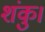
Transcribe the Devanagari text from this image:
शंकु।